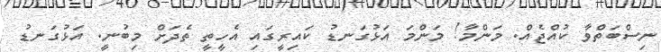
ނިސްބަތްވާ ކުއްޖެއް. މަންމާ! މަންމަ އަޅުގަނޑު ކައިރީގައި އެހީތީ ތެދަށް މިބުނީ. އަޅުގަނޑު